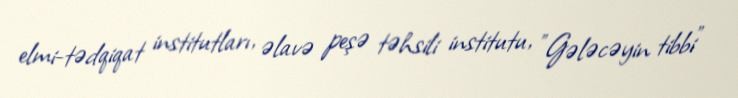
elmi-tədqiqat institutları, əlavə peşə təhsili institutu, "Gələcəyin tibbi"